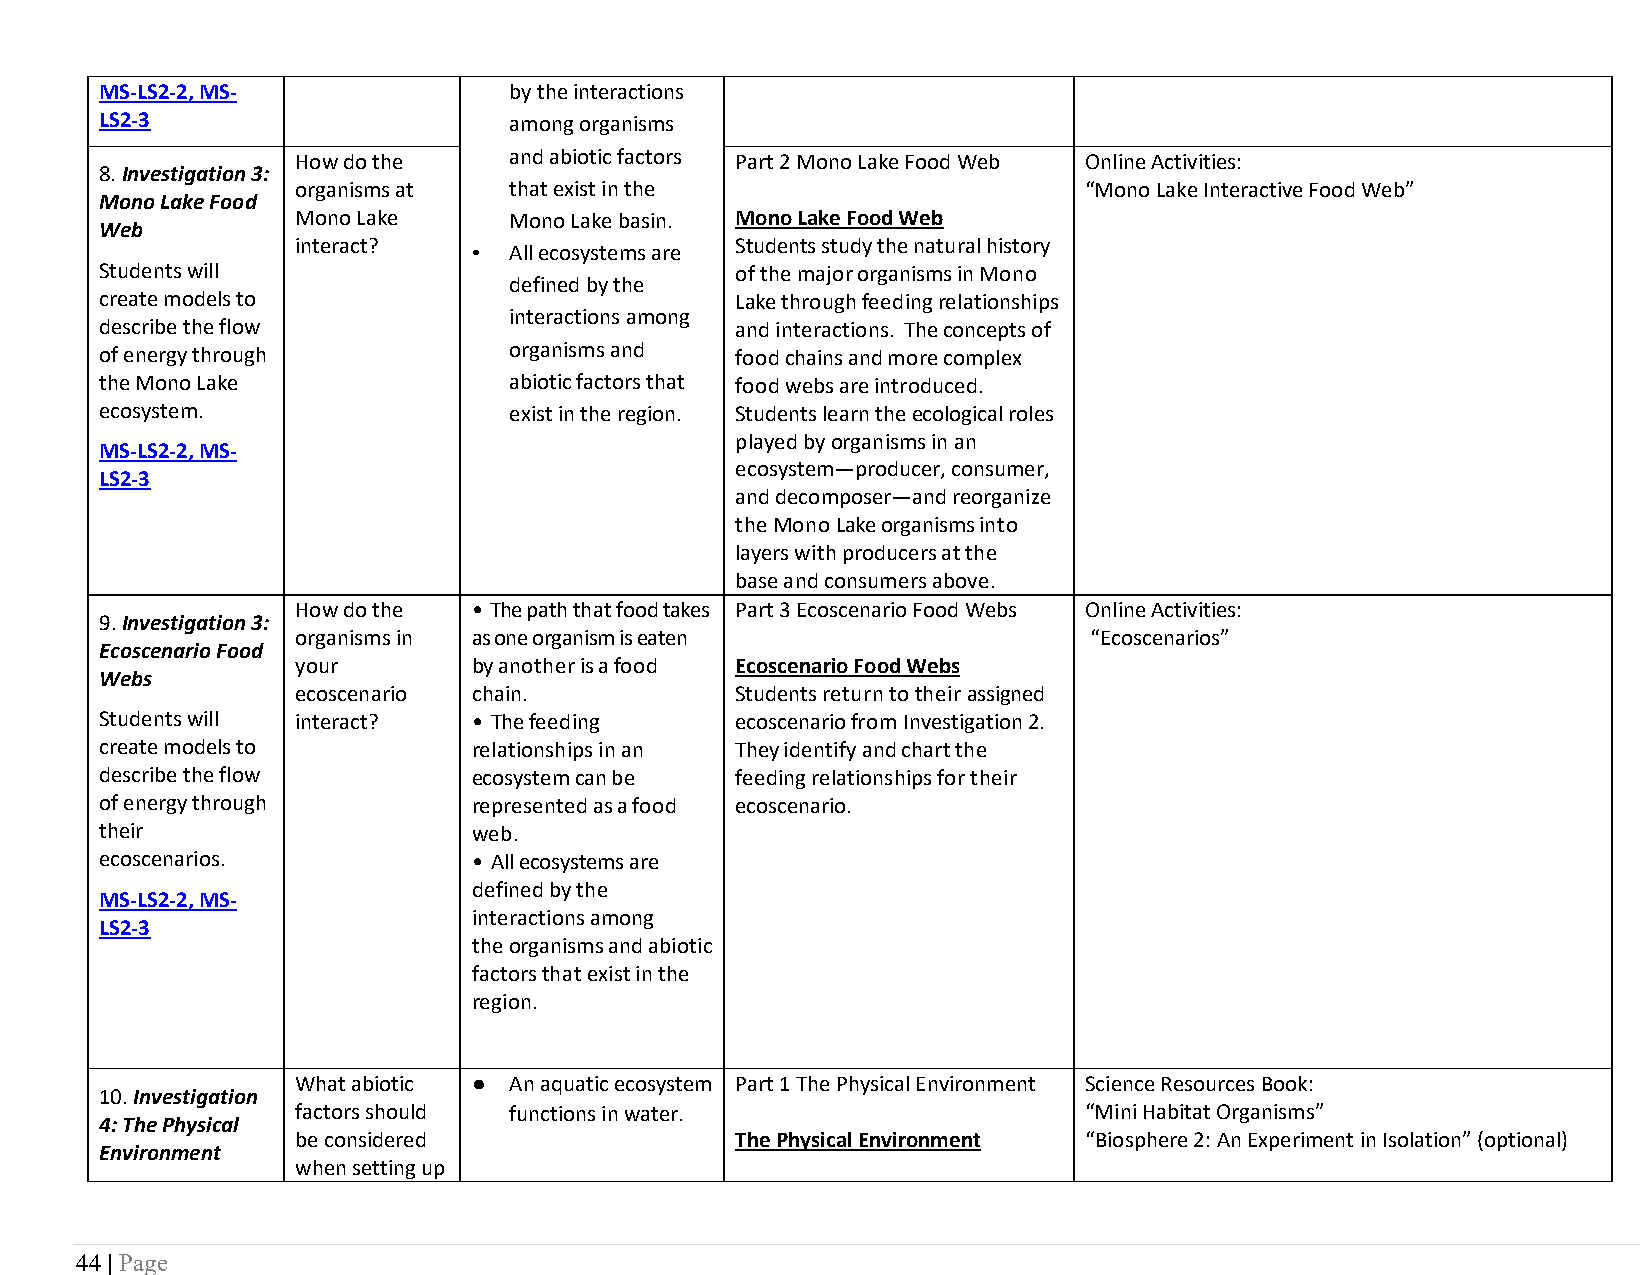
MS-LS2-2, MS-              by the interactions
 LS2-3                      among organisms
 How do the    and abiotic factors Part 2 Mono Lake Food Web Online Activities:
 8. Investigation 3:
 organisms at  that exist in the                     “Mono Lake Interactive Food Web”
 Mono Lake Food
 Mono Lake     Mono Lake basin. Mono Lake Food Web
 Web
 interact?
 •  All ecosystems are
 Students study the natural history
 Students will                             of the major organisms in Mono
 defined by the
 create models to                          Lake through feeding relationships
 interactions among
 describe the flow                         and interactions. The concepts of
 of energy through          organisms and  food chains and more complex
 the Mono Lake              abiotic factors that food webs are introduced.
 ecosystem.                 exist in the region. Students learn the ecological roles
 played by organisms in an
 MS-LS2-2, MS-
 ecosystem—producer, consumer,
 LS2-3
 and decomposer—and reorganize
 the Mono Lake organisms into
 layers with producers at the
 base and consumers above.
 How do the • The path that food takes Part 3 Ecoscenario Food Webs Online Activities:
 9. Investigation 3:
 organisms in as one organism is eaten               “Ecoscenarios”
 Ecoscenario Food
 your       by another is a food Ecoscenario Food Webs
 Webs
 ecoscenario chain.           Students return to their assigned
 Students will interact? • The feeding     ecoscenario from Investigation 2.
 create models to        relationships in an They identify and chart the
 describe the flow       ecosystem can be  feeding relationships for their
 of energy through       represented as a food ecoscenario.
 their                   web.
 ecoscenarios.           • All ecosystems are
 defined by the
 MS-LS2-2, MS-
 interactions among
 LS2-3
 the organisms and abiotic
 factors that exist in the
 region.
 What abiotic ● An aquatic ecosystem Part 1 The Physical Environment Science Resources Book:
 10. Investigation
 factors should functions in water.                  “Mini Habitat Organisms”
 4: The Physical
 be considered                The Physical Environment “Biosphere 2: An Experiment in Isolation” (optional)
 Environment
 when setting up
 44 | Page